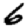
Digit: 6